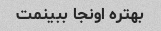
بهتره اونجا ببینمت